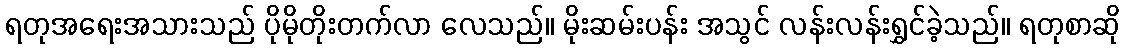
ရတုအရေးအသားသည် ပိုမိုတိုးတက်လာ လေသည်။ မိုးဆမ်းပန်း အသွင် လန်းလန်းရွှင်ခဲ့သည်။ ရတုစာဆို